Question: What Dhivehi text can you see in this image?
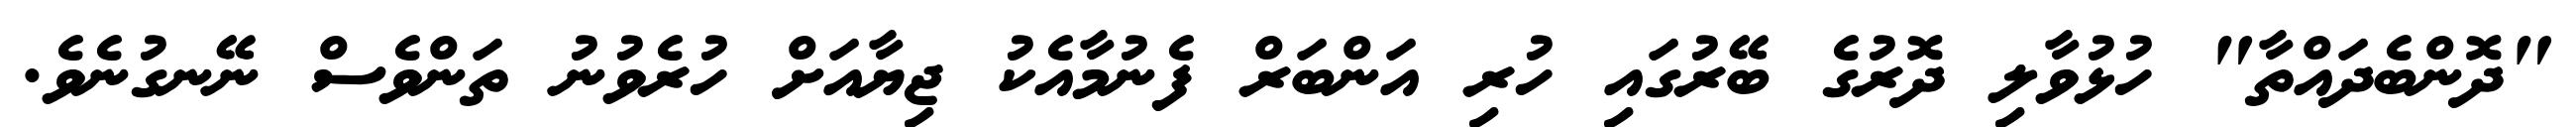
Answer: "ދޮންބެދައްތާ" ހުޅުވާލި ދޮރުގެ ބޭރުގައި ހުރި އަންބަރް ފެނުމާއެކު ޖިޔާއަށް ހުރެވުނު ތަންވެސް ނޭނގުނެވެ.